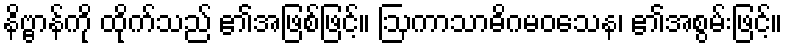
နိဗ္ဗာန်ကို ထိုက်သည် ၏အဖြစ်ဖြင့်။ ဩကာသာဓိဂမဝသေန၊ ၏အစွမ်းဖြင့်။